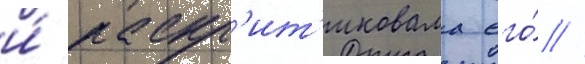
и́ раскр'ит'иковала его́ //